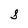
Character: S